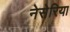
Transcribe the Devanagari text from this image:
नेसेरिया